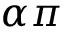
\alpha \pi